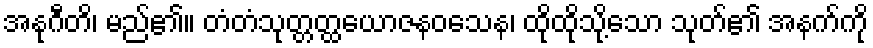
အနုဂီတိ၊ မည်၏။ တံတံသုတ္တတ္ထယောဇနဝသေန၊ ထိုထိုသို့သော သုတ်၏ အနက်ကို